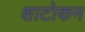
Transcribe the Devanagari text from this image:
शाटोकन